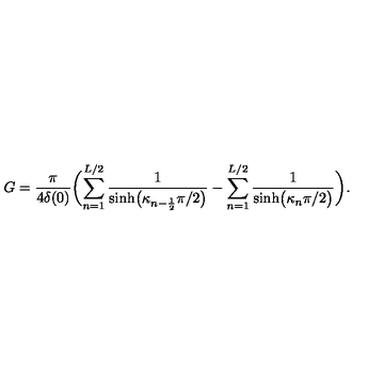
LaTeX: G = \frac { \pi } { 4 \delta ( 0 ) } \biggl ( \sum _ { n = 1 } ^ { L / 2 } \frac { 1 } { \sinh \bigl ( \kappa _ { n - \frac 1 2 } \pi / 2 \bigr ) } - \sum _ { n = 1 } ^ { L / 2 } \frac { 1 } { \sinh \bigl ( \kappa _ { n } \pi / 2 \bigr ) } \biggr ) .